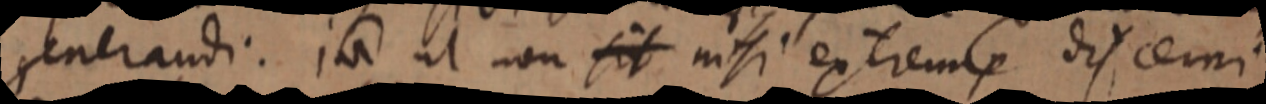
generandi. in ut non sit nisi extremis discerni